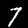
Label: 7